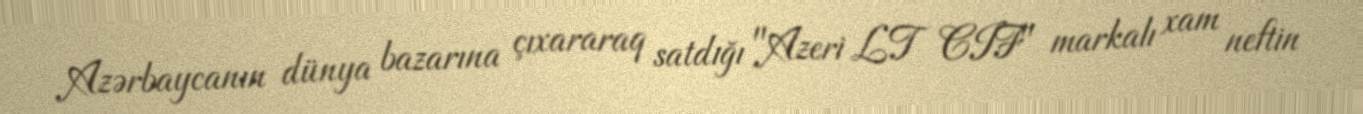
Azərbaycanın dünya bazarına çıxararaq satdığı "Azeri LT CIF" markalı xam neftin